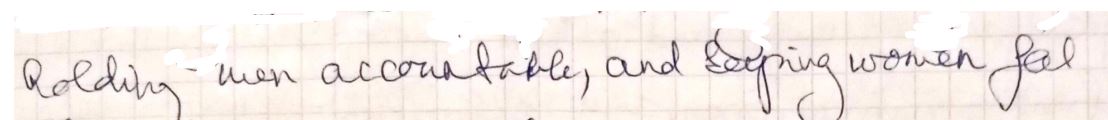
holding - men accountable, and bogging women feel